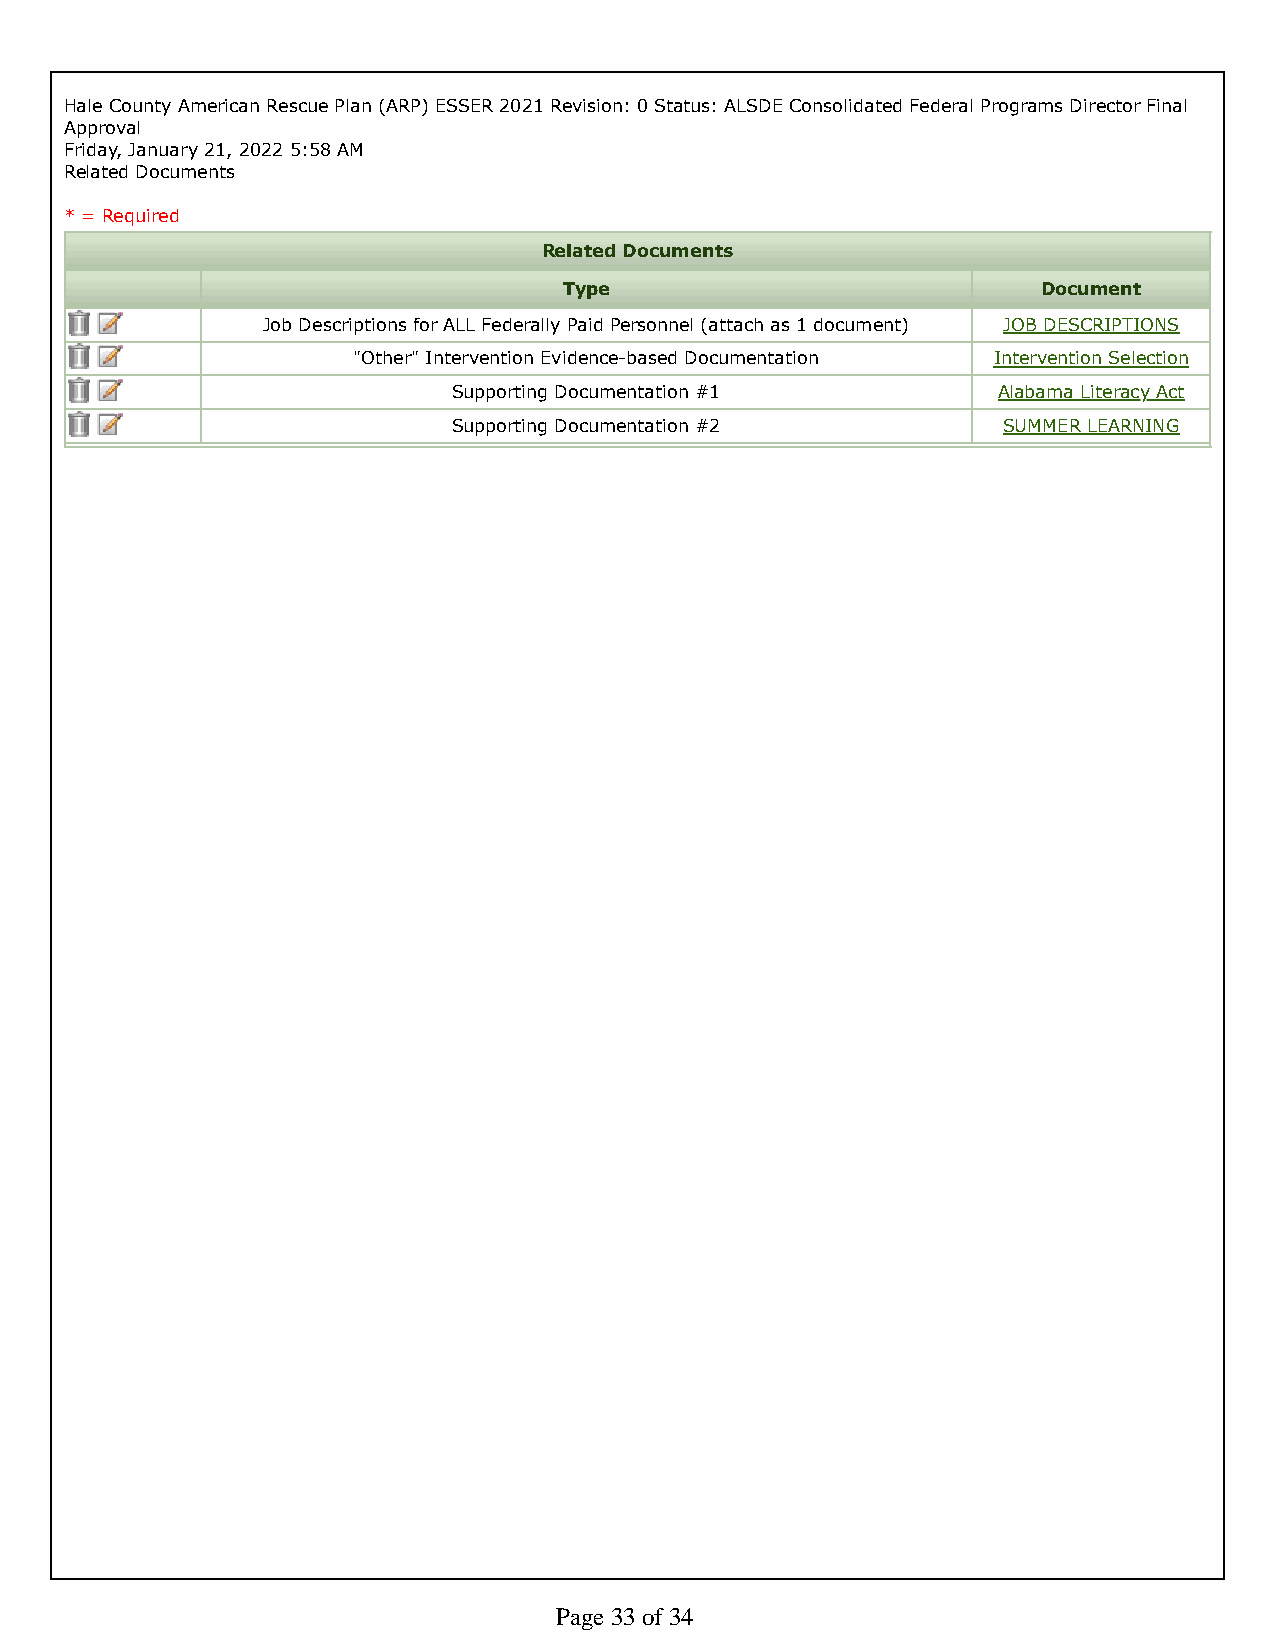
Hale County American Rescue Plan (ARP) ESSER 2021 Revision: 0 Status: ALSDE Consolidated Federal Programs Director Final
 Approval
 Friday, January 21, 2022 5:58 AM
 Related Documents
 * = Required
 Related Documents
 Type                            Document
 Job Descriptions for ALL Federally Paid Personnel (attach as 1 document) JOB DESCRIPTIONS
 "Other" Intervention Evidence-based Documentation Intervention Selection
 Supporting Documentation #1         Alabama Literacy Act
 Supporting Documentation #2         SUMMER LEARNING
 Page 33 of 34